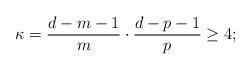
LaTeX: \begin{align*}\kappa=\frac{d-m-1}{m}\cdot \frac{d-p-1}{p} \ge 4;\end{align*}